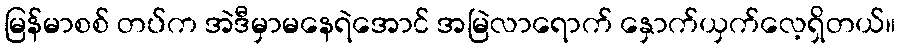
မြန်မာစစ် တပ်က အဲဒီမှာမနေရဲအောင် အမြဲလာရောက် နှောက်ယှက်လေ့ရှိတယ်။